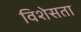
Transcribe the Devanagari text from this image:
विशेसता